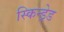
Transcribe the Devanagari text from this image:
स्किन्ड्रेड